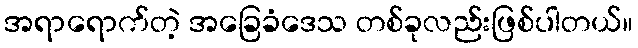
အရာရောက်တဲ့ အခြေခံဒေသ တစ်ခုလည်းဖြစ်ပါတယ်။